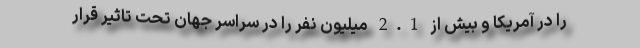
را در آمریکا و بیش از 2.1 میلیون نفر را در سراسر جهان تحت تاثیر قرار